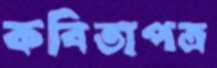
কবিতাপত্র